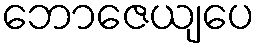
ဘောဇေယျပေ